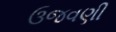
ઉજવણી